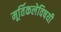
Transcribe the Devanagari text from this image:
मूर्तिकलेविषयी